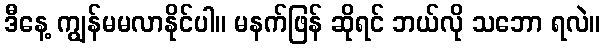
ဒီနေ့ ကျွန်မမလာနိုင်ပါ။ မနက်ဖြန် ဆိုရင် ဘယ်လို သဘော ရလဲ။